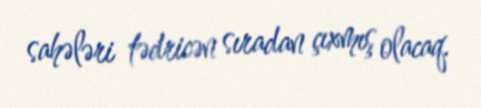
sahələri tədricən sıradan çıxmış olacaq.